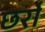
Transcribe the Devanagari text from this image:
छर्रो